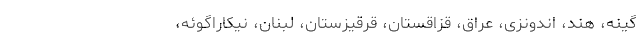
گینه، هند، اندونزی، عراق، قزاقستان، قرقیزستان، لبنان، نیکاراگوئه،